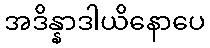
အဒိန္နာဒါယိနောပေ